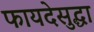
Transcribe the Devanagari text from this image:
फायदेसुद्धा